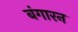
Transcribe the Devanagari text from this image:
बंगारन